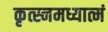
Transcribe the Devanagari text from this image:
कृत्स्नमध्यात्मं